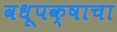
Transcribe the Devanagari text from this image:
वधूपक्षाचा